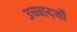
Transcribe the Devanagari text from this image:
उच्चादर्शों